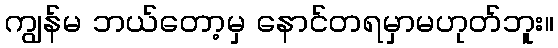
ကျွန်မ ဘယ်တော့မှ နောင်တရမှာမဟုတ်ဘူး။